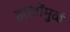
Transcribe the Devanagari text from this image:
हत्तींमुळं